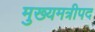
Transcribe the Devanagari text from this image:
मुख्यमत्रीपद